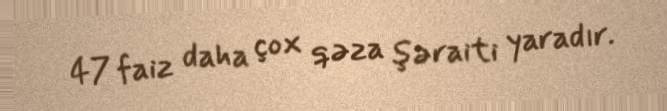
47 faiz daha çox qəza şəraiti yaradır.